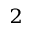
^ { 2 }